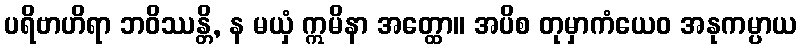
ပရိဗာဟိရာ ဘဝိဿန္တိ, န မယှံ ဣမိနာ အတ္ထော။ အပိစ တုမှာကံယေဝ အနုကမ္ပာယ